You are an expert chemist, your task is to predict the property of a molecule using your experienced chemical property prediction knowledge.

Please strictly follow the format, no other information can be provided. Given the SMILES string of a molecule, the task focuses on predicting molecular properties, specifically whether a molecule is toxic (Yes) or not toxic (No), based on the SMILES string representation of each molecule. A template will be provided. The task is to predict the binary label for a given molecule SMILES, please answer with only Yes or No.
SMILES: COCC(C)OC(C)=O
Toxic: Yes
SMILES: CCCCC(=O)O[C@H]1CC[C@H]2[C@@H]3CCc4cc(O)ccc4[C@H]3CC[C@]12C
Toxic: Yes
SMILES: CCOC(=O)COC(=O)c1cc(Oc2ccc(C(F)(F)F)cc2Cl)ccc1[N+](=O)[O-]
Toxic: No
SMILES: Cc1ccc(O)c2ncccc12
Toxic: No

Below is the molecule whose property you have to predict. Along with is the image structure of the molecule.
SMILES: O=C1NC(=O)[C@@]2(CCOc3ccc(F)cc32)N1
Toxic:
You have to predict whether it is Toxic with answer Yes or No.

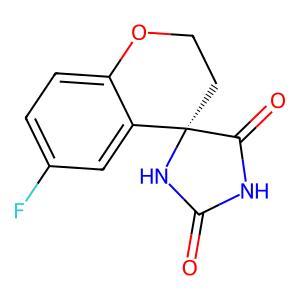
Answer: No